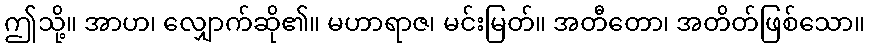
ဤသို့။ အာဟ၊ လျှောက်ဆို၏။ မဟာရာဇ၊ မင်းမြတ်။ အတီတော၊ အတိတ်ဖြစ်သော။